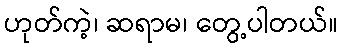
ဟုတ်ကဲ့၊ ဆရာမ၊ တွေ့ပါတယ်။